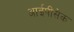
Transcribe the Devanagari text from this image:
आईपीसेक